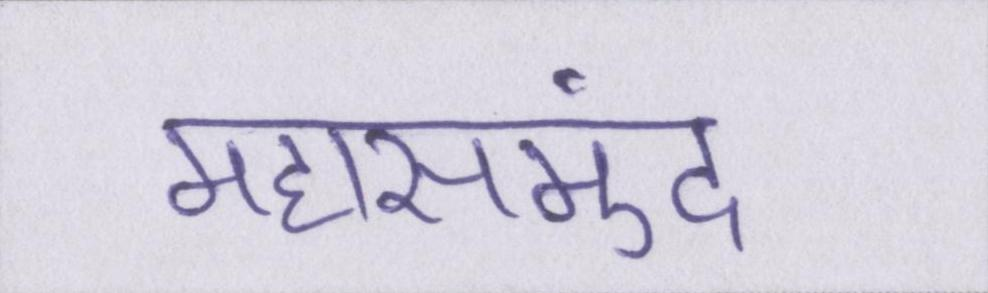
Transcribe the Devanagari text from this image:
महासमुंद